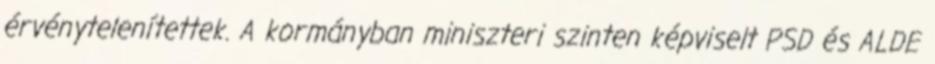
érvénytelenítettek. A kormányban miniszteri szinten képviselt PSD és ALDE